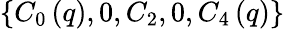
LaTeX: \left\{ C_{0}\left(q\right),0,C_{2},0,C_{4}\left(q\right)\right\}